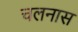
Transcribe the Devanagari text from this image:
चलनास